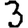
Digit: 3